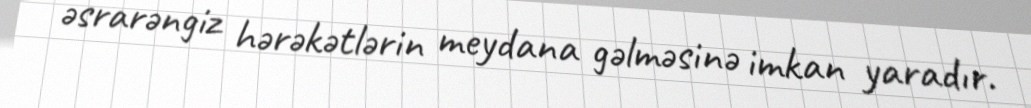
əsrarəngiz hərəkətlərin meydana gəlməsinə imkan yaradır.